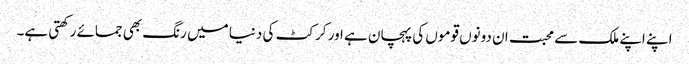
اپنے اپنے ملک سے محبت ان دونوں قوموں کی پہچان ہے اور کرکٹ کی دنیا میں رنگ بھی جمائے رکھتی ہے۔